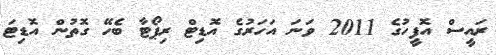
ރައީސް އޮފީހުގެ 2011 ވަނަ އަހަރުގެ އޮޑިޓް ރިޕޯޓާ ބެހޭ ގޮތުން އޮޑިޓަ